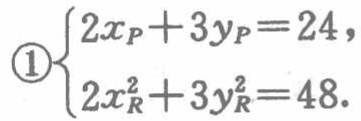
\(\begin{cases}

2x_{P}+3y_{P}=24, & \textcircled{1}\\

2x_{R}^{2}+3y_{R}^{2}=48.

\end{cases}\)